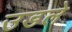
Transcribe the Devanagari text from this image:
उडले